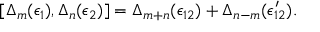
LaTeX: [ \Delta _ { m } ( \epsilon _ { 1 } ) , \Delta _ { n } ( \epsilon _ { 2 } ) ] = \Delta _ { m + n } ( \epsilon _ { 1 2 } ) + \Delta _ { n - m } ( \epsilon _ { 1 2 } ^ { \prime } ) .